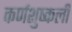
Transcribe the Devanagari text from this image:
कर्णशुष्कली